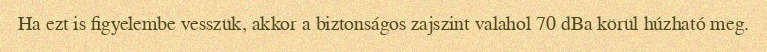
Ha ezt is figyelembe vesszük, akkor a biztonságos zajszint valahol 70 dBa körül húzható meg.